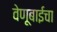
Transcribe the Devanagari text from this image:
वेणूबाईचा